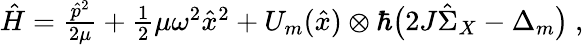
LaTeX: \begin{array}{r}{\hat{H}=\frac{\hat{p}^{2}}{2\mu}+\frac 12\mu\omega^{2}\hat{x}^{2}+U_{m}(\hat{x})\otimes\hbar\big(2J\hat{\Sigma}_{X}-\Delta_{m}\big)\ ,}\end{array}